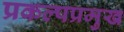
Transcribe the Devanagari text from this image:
प्रकल्पप्रमुख